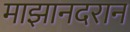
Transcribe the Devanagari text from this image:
माझानदरान